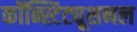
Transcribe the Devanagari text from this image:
कॉन्स्टिट्यूशनल